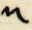
n